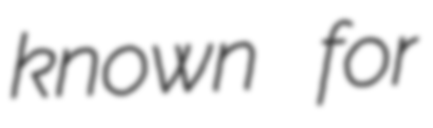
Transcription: known for